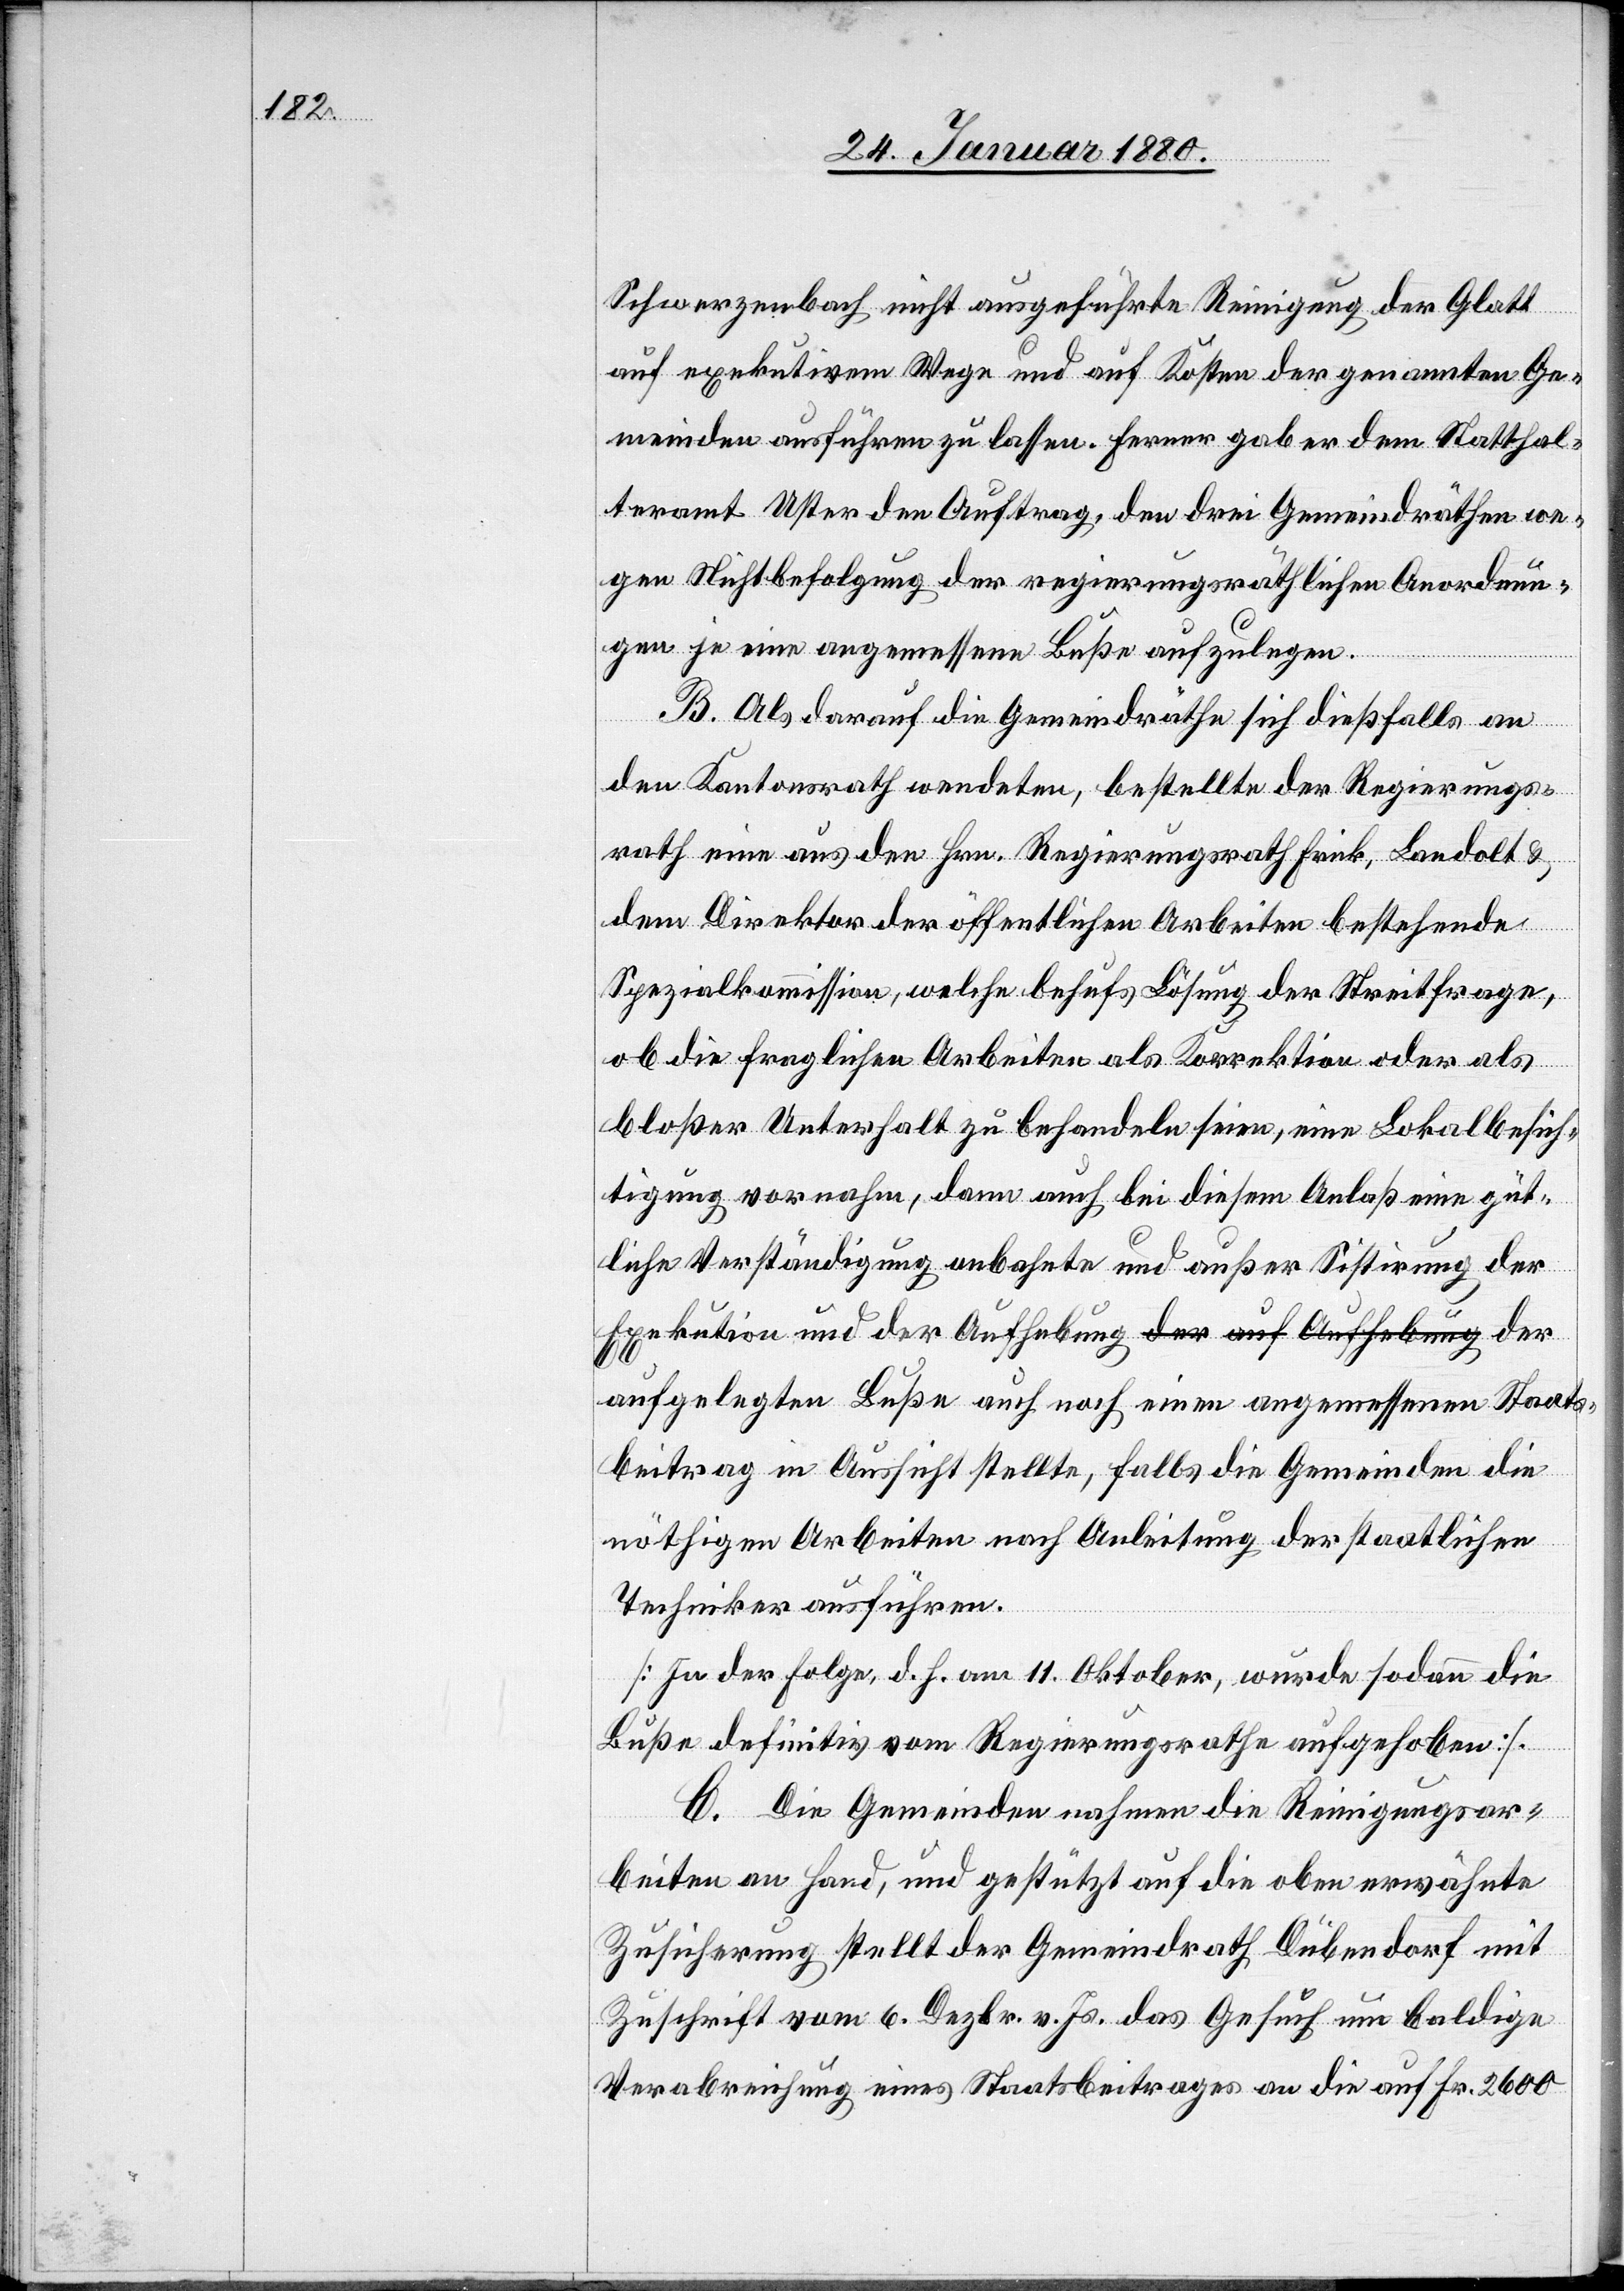
Schwarzenbach nicht ausgeführte Reinigung der Glatt
auf exekutivem Wege und auf Kosten der genannten Ge¬
meinden ausführen zu lassen. Ferner gab er dem Statthal¬
teramt Uster den Auftrag, den drei Gemeindräthen we¬
gen Nichtbefolgung der regierungsräthlichen Anordnun¬
gen je eine angemessen Buße aufzulegen.
ts¬
B. Als darauf die Gemeindräthe sich dießfalls an
den Kantonsrath wendeten, bestellte der Regierungs¬
rath eine aus den Hrn. Regierungsrath Frick, Landolt &
dem Direktor der öffentlichen Arbeiten bestehende
Spezialkommission, welche behufs Lösung der Streitfrage,
ob die fraglichen Arbeiten als Korrektion oder als
bloßer Unterhalt zu behandeln seien, eine Lokalbesich¬
tigung vornahm, dann auch bei diesem Anlaß eine güt¬
liche Verständigung anbahnte und außer Sistirung der
Exekution und der Aufhebung der aufgelegten
beitrag in Aussicht stellte, falls die Gemeinden die
nöthigen Arbeiten nach Anleitung der staatlichen
Techniker ausführen.
[In der Folge, d. h. am 11. Oktober, wurde sodann die
Buße definitiv vom Regierungsrathe aufgehoben].
C. Die Gemeinden nahmen die Reinigungsar¬
beiten an Hand, und gestützt auf die oben erwähnte
Zusicherung stellt der Gemeindrath Dübendorf mit
Zuschrift vom 6. Dezbr. v. Js. das Gesuch um baldige
Verabreichung eines Staatsbeitrages an die auf Fr. 2600